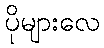
ပိုများလေ